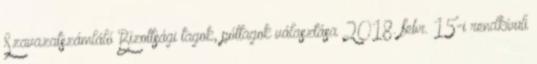
Szavazatszámláló Bizottsági tagok, póttagok választása 2018. febr. 15-i rendkívüli